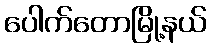
ပေါက်တောမြို့နယ်